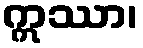
ဣဿာ၊